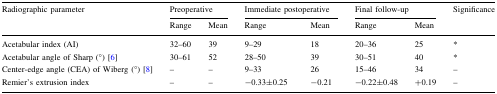
| <ROWSPAN=2> Radiographic parameter | <COLSPAN=2> Preoperative | <COLSPAN=2> Immediate postoperative | <COLSPAN=2> Final follow-up | <ROWSPAN=2> Significance |
 | Range | Mean | Range | Mean | Range | Mean |
 | --- | --- | --- | --- | --- | --- | --- | --- |
 | Acetabular index (AI) | 32–60 | 39 | 9–29 | 18 | 20–36 | 25 | * |
 | Acetabular angle of Sharp (°) [6] | 30–61 | 52 | 28–50 | 39 | 30–51 | 40 | * |
 | Center-edge angle (CEA) of Wiberg (°) [8] | – | – | 9–33 | 26 | 15–46 | 34 | – |
 | Remier’s extrusion index | – | – | −0.33±0.25 | −0.21 | −0.22±0.48 | +0.19 | – |